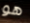
هو